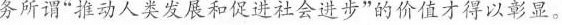
务所谓“推动人类发展和促进社会进步”的价值才得以彰显。